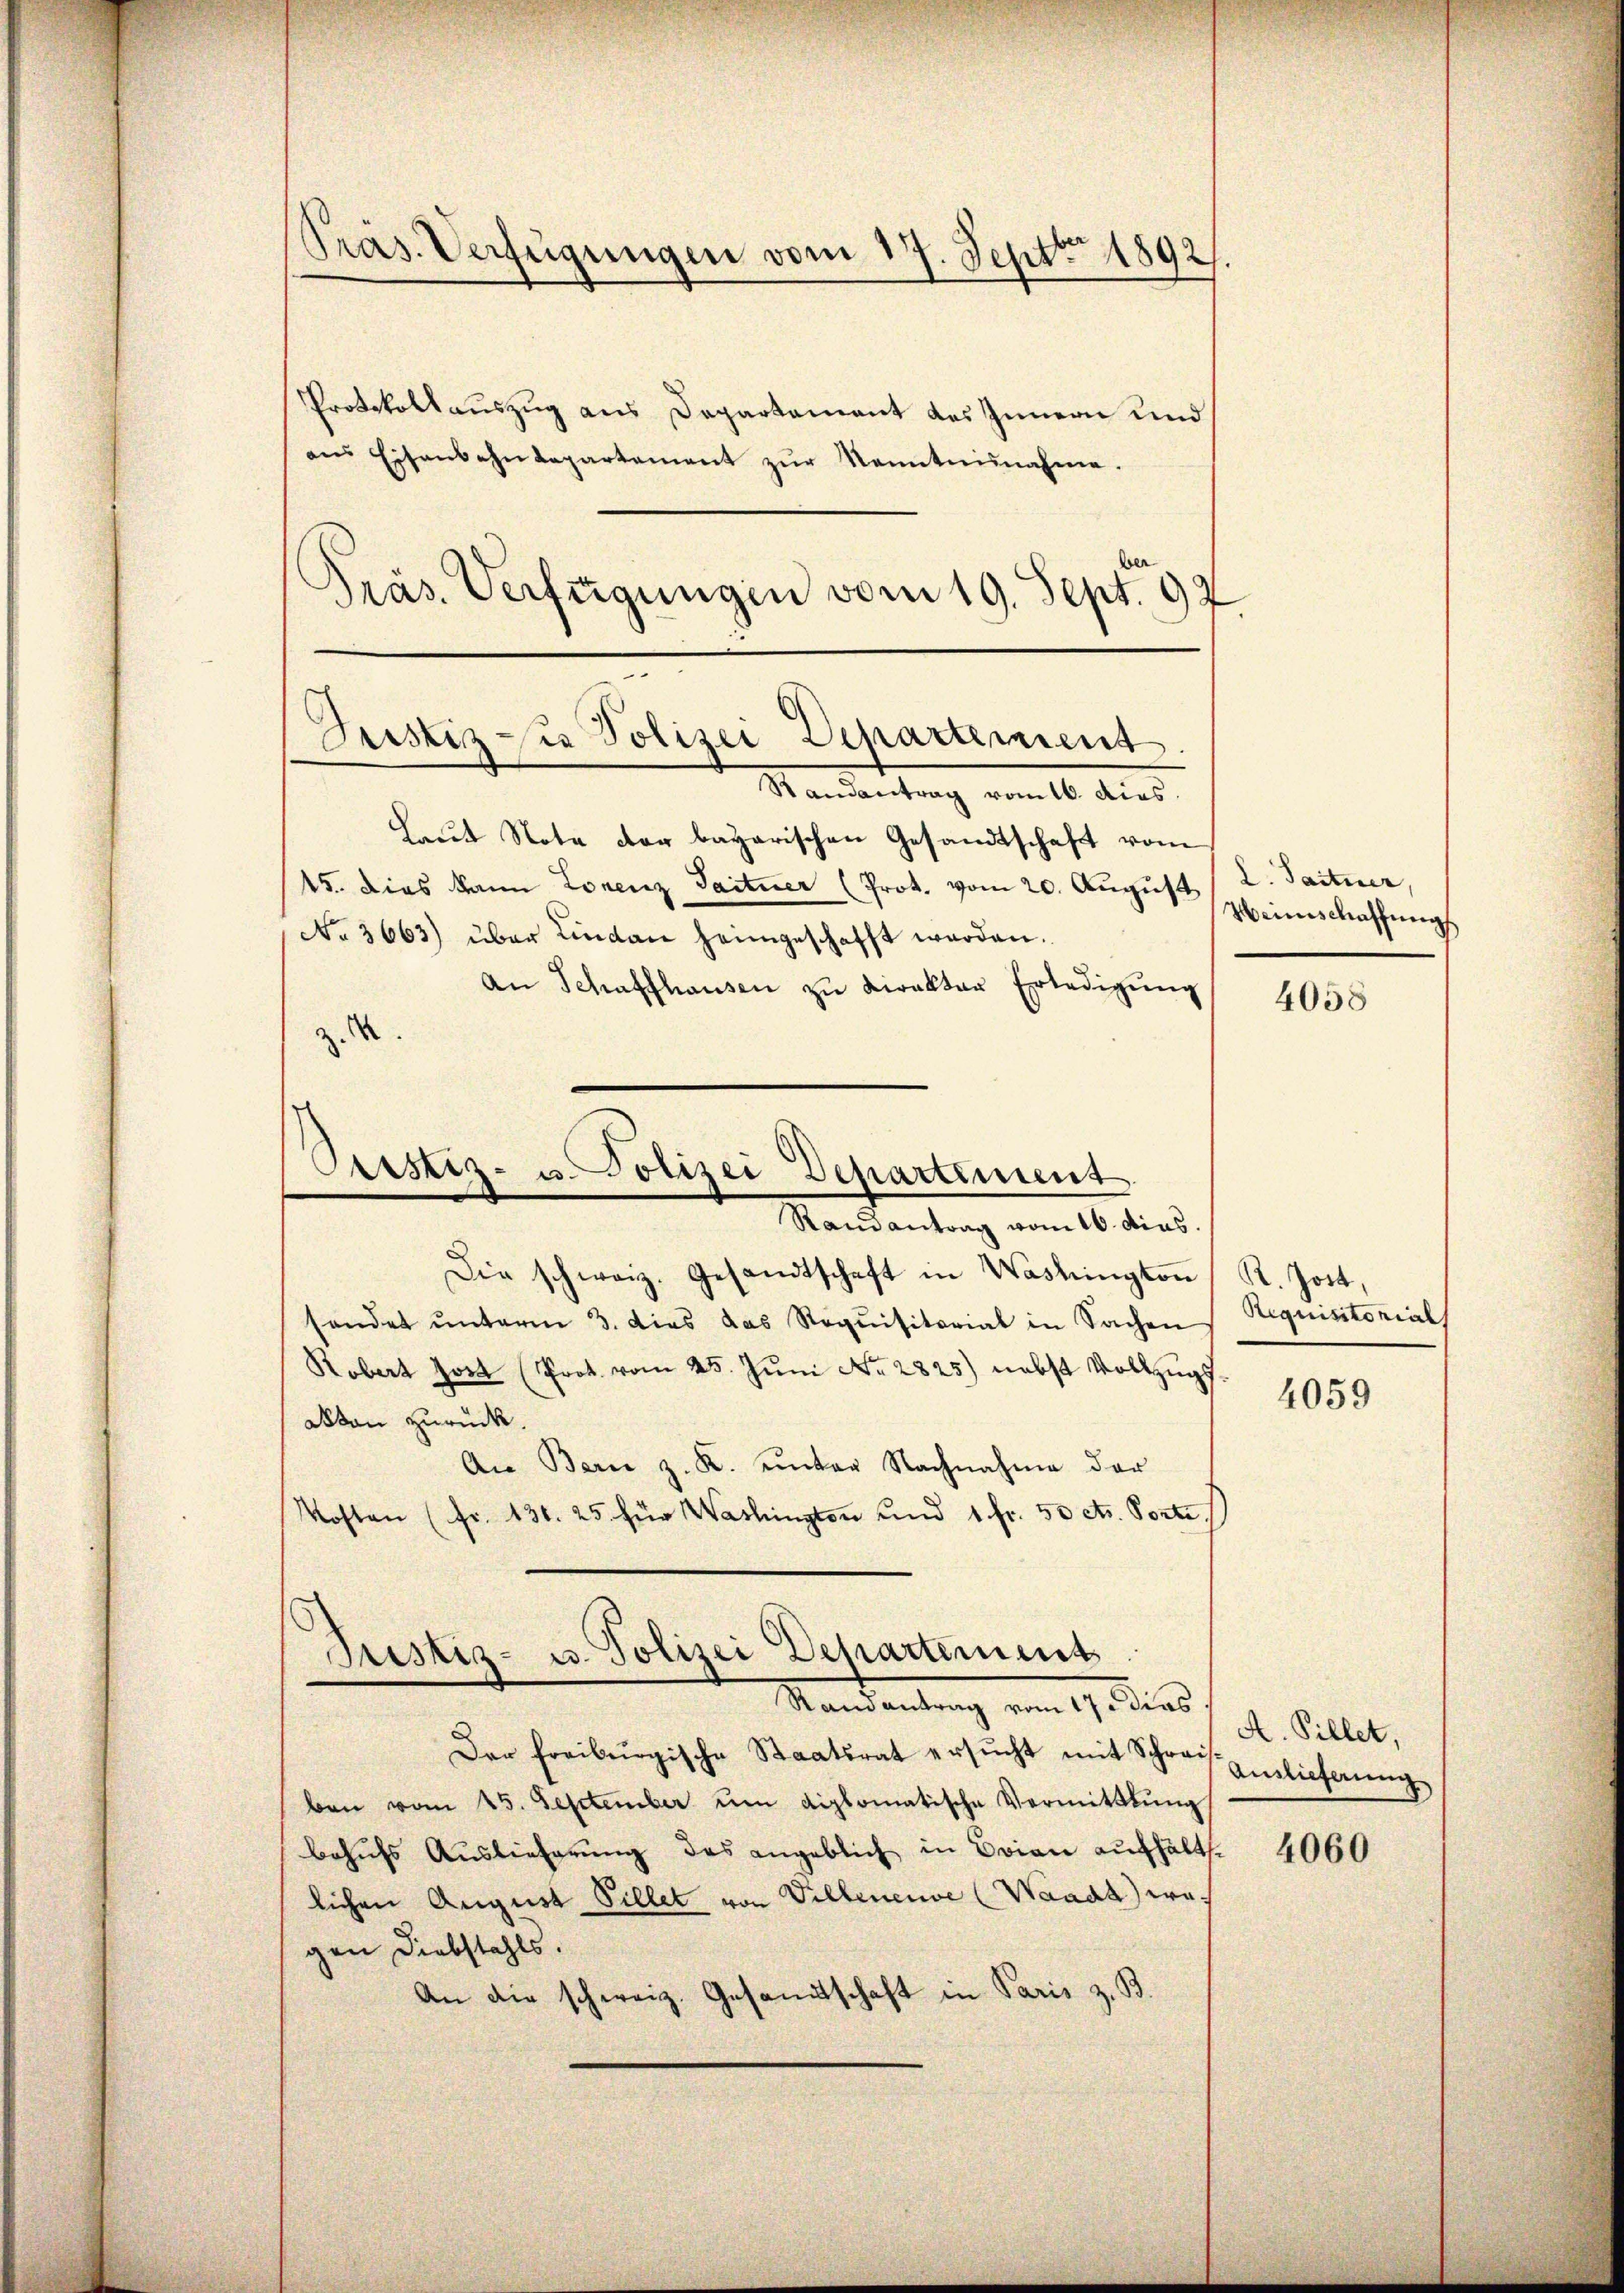
Randantrag vom 16. dies
Laŭt Note der bayerischen Gesandtschaft vom
15. dies kann Lorenz Taitner (Prot. vom 20. August (2. Saituer,
No. 3663) über Lindau heimgeschafft werden.
An Schaffhausen zŭ direktor Erledigŭng
M
z
Ossstiz- u. Polizei Departement
Randantrag vom 16. dies
Die schweiz. Gesandtschaft in Washington R. Jost,
sendet ŭnterm 3. dies das Requisitarial in Sachen
Robert Jost (Prot. vom 25. Juni Nr. 2825) nebst Vollzugs¬
Akten zurück.
An Bern z. K. unter Nachnahme der
Kosten (fr. 136. 25 für Washingten und 1 fr. 50 cts. Porte

Präs. Verfügungen vom 17. Septt 1892/
Protokollauszug aus Departement des Innern und
ans Eisenbahndepartement zŭr Kenntnisnahme.
der

Präs. Verfügungen vom 19. Sept. 92
Justiz zu Polizei Departement.

Justiz- u. Polizei Departement
Mandantung vom 19. dies

Der Freiburgische Staatsrat ersŭcht mit Schreis einlicherung
ben vom 15. September ŭm diplomatische Vermittlung
behufs Auslieferung des angeblich in Brien aufhält.
lichen August Pillet von Villeneuve (Waadt) wagen Diebstahls.
An die schweiz. Gesandtschaft in Paris z. B.

Weinschaffung

4058

Requisitorial

4059

A. Pillet,

4060